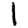
Digit: 1